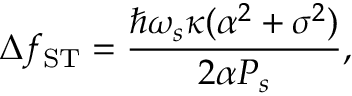
\Delta f _ { \mathrm { S T } } = \frac { \hbar \omega _ { s } \kappa ( \alpha ^ { 2 } + \sigma ^ { 2 } ) } { 2 \alpha P _ { s } } ,